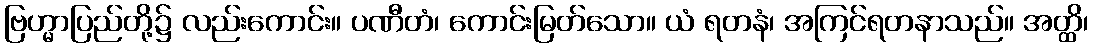
ဗြဟ္မာပြည်တို့၌ လည်းကောင်း။ ပဏီတံ၊ ကောင်းမြတ်သော။ ယံ ရတနံ၊ အကြင်ရတနာသည်။ အတ္ထိ၊